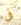
فى